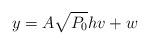
LaTeX: \begin{align*}y= A \sqrt{P_0} h v + w\end{align*}